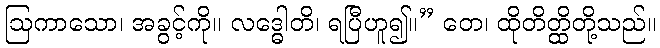
ဩကာသော၊ အခွင့်ကို။ လဒ္ဓေါတိ၊ ရပြီဟူ၍။” တေ၊ ထိုတိတ္ထိတို့သည်။